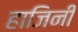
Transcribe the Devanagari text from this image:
हाजिनी